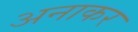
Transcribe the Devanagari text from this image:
अनाकर